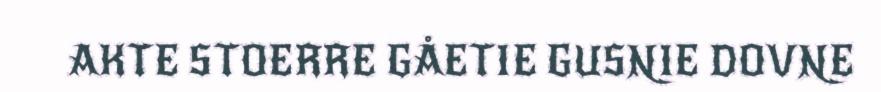
AKTE STOERRE GÅETIE GUSNIE DOVNE